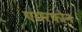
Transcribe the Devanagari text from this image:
एयरफोन